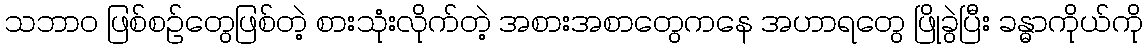
သဘာ၀ ဖြစ်စဉ်တွေဖြစ်တဲ့ စားသုံးလိုက်တဲ့ အစားအစာတွေကနေ အဟာရတွေ ဖြိုခွဲပြီး ခန္ဓာကိုယ်ကို